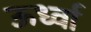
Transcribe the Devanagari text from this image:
ऊर्ध्वा